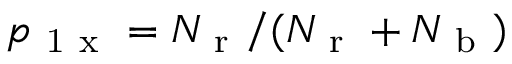
p _ { \mathrm { ~ 1 ~ x ~ } } = N _ { \mathrm { ~ r ~ } } / ( N _ { \mathrm { ~ r ~ } } + N _ { \mathrm { ~ b ~ } } )